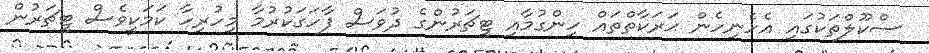
ސްކޫލްތަކުގައި އެހެނިހެން ޙަރަކާތްތައް ހިންގުމާއި ޓީޗަރުންގެ ދުވަސް ފާހަގަކުރުމާ މިހުރިހާ ކަމަކީވެސް ޓީޗަރުން